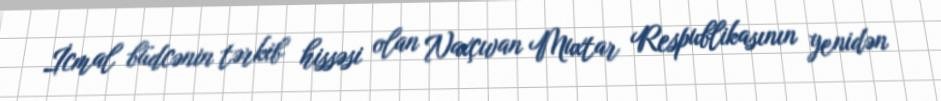
İcmal büdcənin tərkib hissəsi olan Naxçıvan Muxtar Respublikasının yenidən